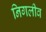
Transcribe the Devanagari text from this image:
निगलीव